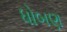
ધોબણ